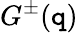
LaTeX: G^{\pm}(\mathtt{q})